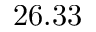
2 6 . 3 3